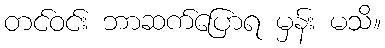
တင်ဝင်း ဘာဆက်ပြောရ မှန်း မသိ။